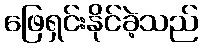
ဖြေရှင်းနိုင်ခဲ့သည်